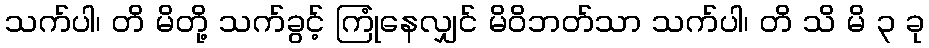
သက်ပါ၊ တိ မိတို့ သက်ခွင့် ကြုံနေလျှင် မိဝိဘတ်သာ သက်ပါ၊ တိ သိ မိ ၃ ခု